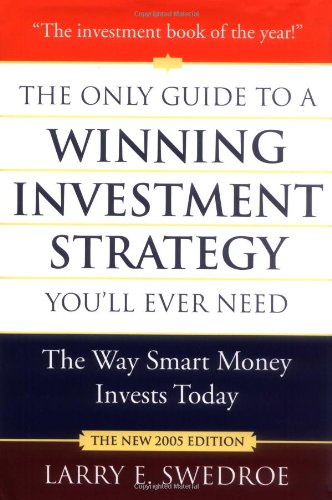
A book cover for The Only Guide to a Winning Investment Strategy You'll Ever Need: The Way Smart Money Invests Today; Larry E. Swedroe; Business & Money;